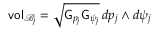
\mathsf { v o l } _ { \mathcal { B } _ { j } } = \sqrt { \mathsf { G } _ { p _ { j } } \mathsf { G } _ { \psi _ { j } } } \, d p _ { j } \wedge d \psi _ { j }